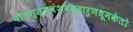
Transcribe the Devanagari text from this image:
पौलस्त्यवंशवनदारुणधूमकेतो